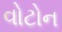
વોટોન